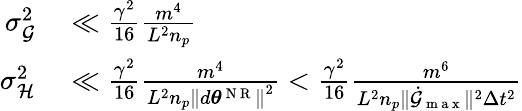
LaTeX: \begin{array}{rl}{\sigma_{\mathcal{G}}^{2}}&{{}\ll\frac{\gamma^{2}}{16}\frac{m^{4}}{L^{2}n_{p}}}\\ {\sigma_{\mathcal{H}}^{2}}&{{}\ll\frac{\gamma^{2}}{16}\frac{m^{4}}{L^{2}n_{p}\left\lVert d{\boldsymbol{\theta}}^{\mathrm{~N~R~}}\right\rVert^{2}}<\frac{\gamma^{2}}{16}\frac{m^{6}}{L^{2}n_{p}\lVert\dot{\mathcal{G}}_{\mathrm{~m~a~x~}}\rVert^{2}\Delta t^{2}}}\end{array}